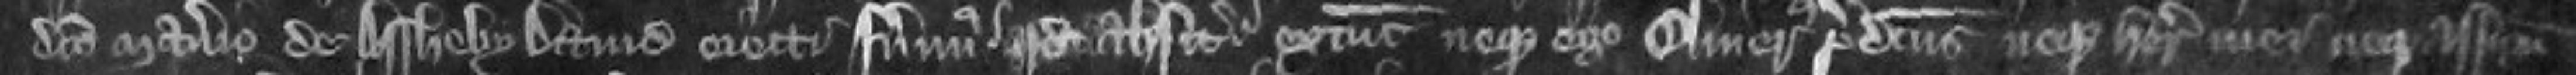
dicto manerio de Assheby David ejecti fuerimus quod absit extunc neque ego Oliverus predictus neque heredes mei neque assignati